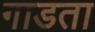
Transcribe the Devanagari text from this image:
गाडता